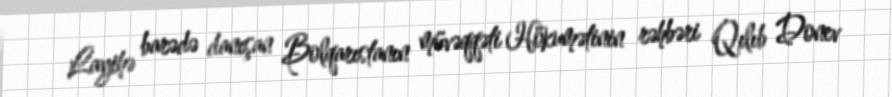
Layihə barədə danışan Bolqarıstanın müvəqqəti Hökumətinin rəhbəri Qılıb Donev